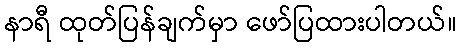
နာရီ ထုတ်ပြန်ချက်မှာ ဖော်ပြထားပါတယ်။